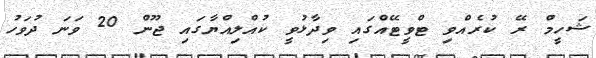
ޝަހީމް ރޭ ކުރެއްވި ޓްވީޓޭއްގައި ވިދާޅުވީ ކުއްލިއްޔާގައި ޖޫން 20 ވަނަ ދުވަހު